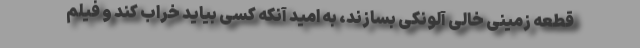
قطعه زمینی خالی آلونکی بسازند، به امید آنکه کسی بیاید خراب کند و فیلم